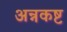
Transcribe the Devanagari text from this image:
अन्नकष्ट